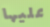
عليها